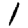
Digit: 1